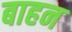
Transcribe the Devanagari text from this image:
बाहन